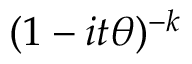
\! \, ( 1 - i t \theta ) ^ { - k }